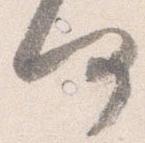
何